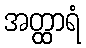
အတ္ထာရံ